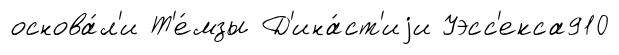
основа́л'и Т'е́мзы Д'ина́ст'иjи Уэсс'екса910